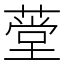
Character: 𬝾